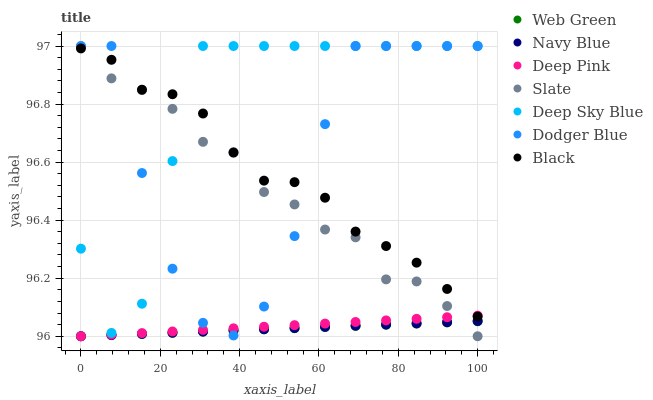
| xaxis_label | Web Green | Navy Blue | Deep Pink | Slate | Deep Sky Blue | Dodger Blue | Black |
 | --- | --- | --- | --- | --- | --- | --- | --- |
 | 0 | 96 | 96 | 96 | 97 | 96.3 | 97 | 97 |
 | 7.69 | 96 | 96 | 96 | 96.9 | 96 | 97 | 97 |
 | 15.4 | 96 | 96 | 96 | 96.8 | 96.1 | 96.6 | 96.8 |
 | 23.1 | 96 | 96 | 96 | 96.8 | 96.6 | 96.2 | 96.8 |
 | 30.8 | 96 | 96 | 96 | 96.7 | 97 | 96 | 96.8 |
 | 38.5 | 96 | 96 | 96 | 96.6 | 97 | 96 | 96.6 |
 | 46.2 | 96 | 96 | 96 | 96.5 | 97 | 96.1 | 96.5 |
 | 53.8 | 96 | 96 | 96 | 96.5 | 97 | 96.3 | 96.5 |
 | 61.5 | 96 | 96 | 96 | 96.4 | 97 | 96.7 | 96.5 |
 | 69.2 | 96 | 96 | 96 | 96.3 | 97 | 97 | 96.4 |
 | 76.9 | 96 | 96 | 96.1 | 96.2 | 97 | 97 | 96.3 |
 | 84.6 | 96 | 96 | 96.1 | 96.2 | 97 | 97 | 96.3 |
 | 92.3 | 96 | 96 | 96.1 | 96.1 | 97 | 97 | 96.2 |
 | 100 | 96.1 | 96.1 | 96.1 | 96 | 97 | 97 | 96.1 |